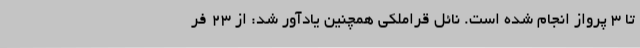
تا 3 پرواز انجام شده است. نائل قراملکی همچنین یادآور شد: از 23 فر